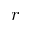
\boldsymbol { r }